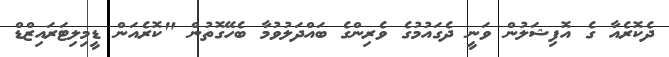
ދެކޮރެއާ ގެ އޮފިޝަލުން ވަނީ ދެގައުމުގެ ވެރިންގެ ބައްދަލުވުމާ ބެހޭގޮތުން "ކޮރެއަން ޑީމިލިޓަރައިޒްޑް